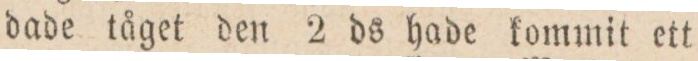
dade tåget den 2 ds hade kommit ett